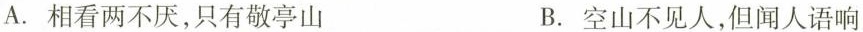
A. 相看两不厌，只有敬亭山 B. 空山不见人，但闻人语响